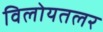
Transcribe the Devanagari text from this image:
विलोयतलर